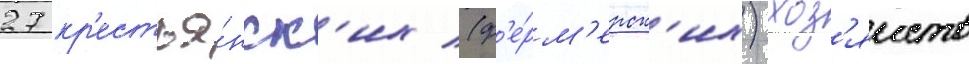
27 кр'естья́нск'их (ф'е́рм'ерск'их) хоз'яиств